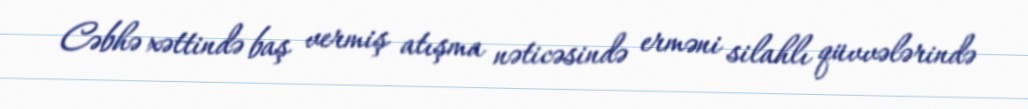
Cəbhə xəttində baş vermiş atışma nəticəsində erməni silahlı qüvvələrində